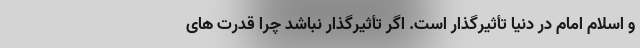
و اسلام امام در دنیا تأثیرگذار است. اگر تأثیرگذار نباشد چرا قدرت های